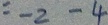
= - 2 - 4